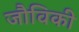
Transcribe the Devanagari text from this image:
जौविकी